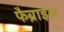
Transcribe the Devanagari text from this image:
फैब्राइस